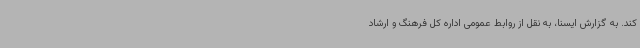
کند. به گزارش ایسنا، به نقل از روابط عمومی اداره کل فرهنگ و ارشاد